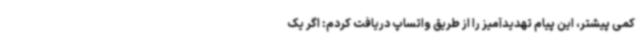
کمی پیشتر، این پیام تهدیدآمیز را از طریق واتساپ دریافت کردم: اگر یک